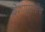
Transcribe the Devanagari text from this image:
देशापुरतीच